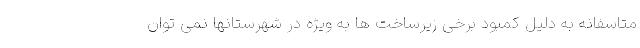
متاسفانه به دلیل کمبود برخی زیرساخت ها به ویژه در شهرستانها نمی توان